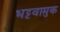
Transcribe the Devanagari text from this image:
भट्टवामुक